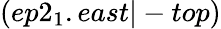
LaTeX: (ep2_{1}.east|-top)